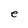
Character: e